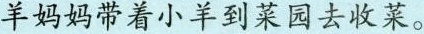
羊妈妈带着小羊到菜园去收菜。